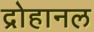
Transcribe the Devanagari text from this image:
द्रोहानल